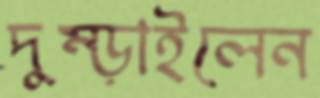
দুম্‌ড়াইলেন